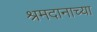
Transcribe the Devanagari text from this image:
श्रमदानाच्या